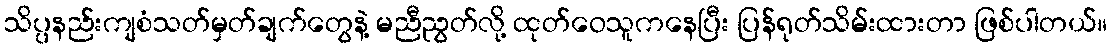
သိပ္ပနည်းကျစံသတ်မှတ်ချက်တွေနဲ့ မညီညွတ်လို့ ထုတ်ဝေသူကနေပြီး ပြန်ရုတ်သိမ်းထားတာ ဖြစ်ပါတယ်။